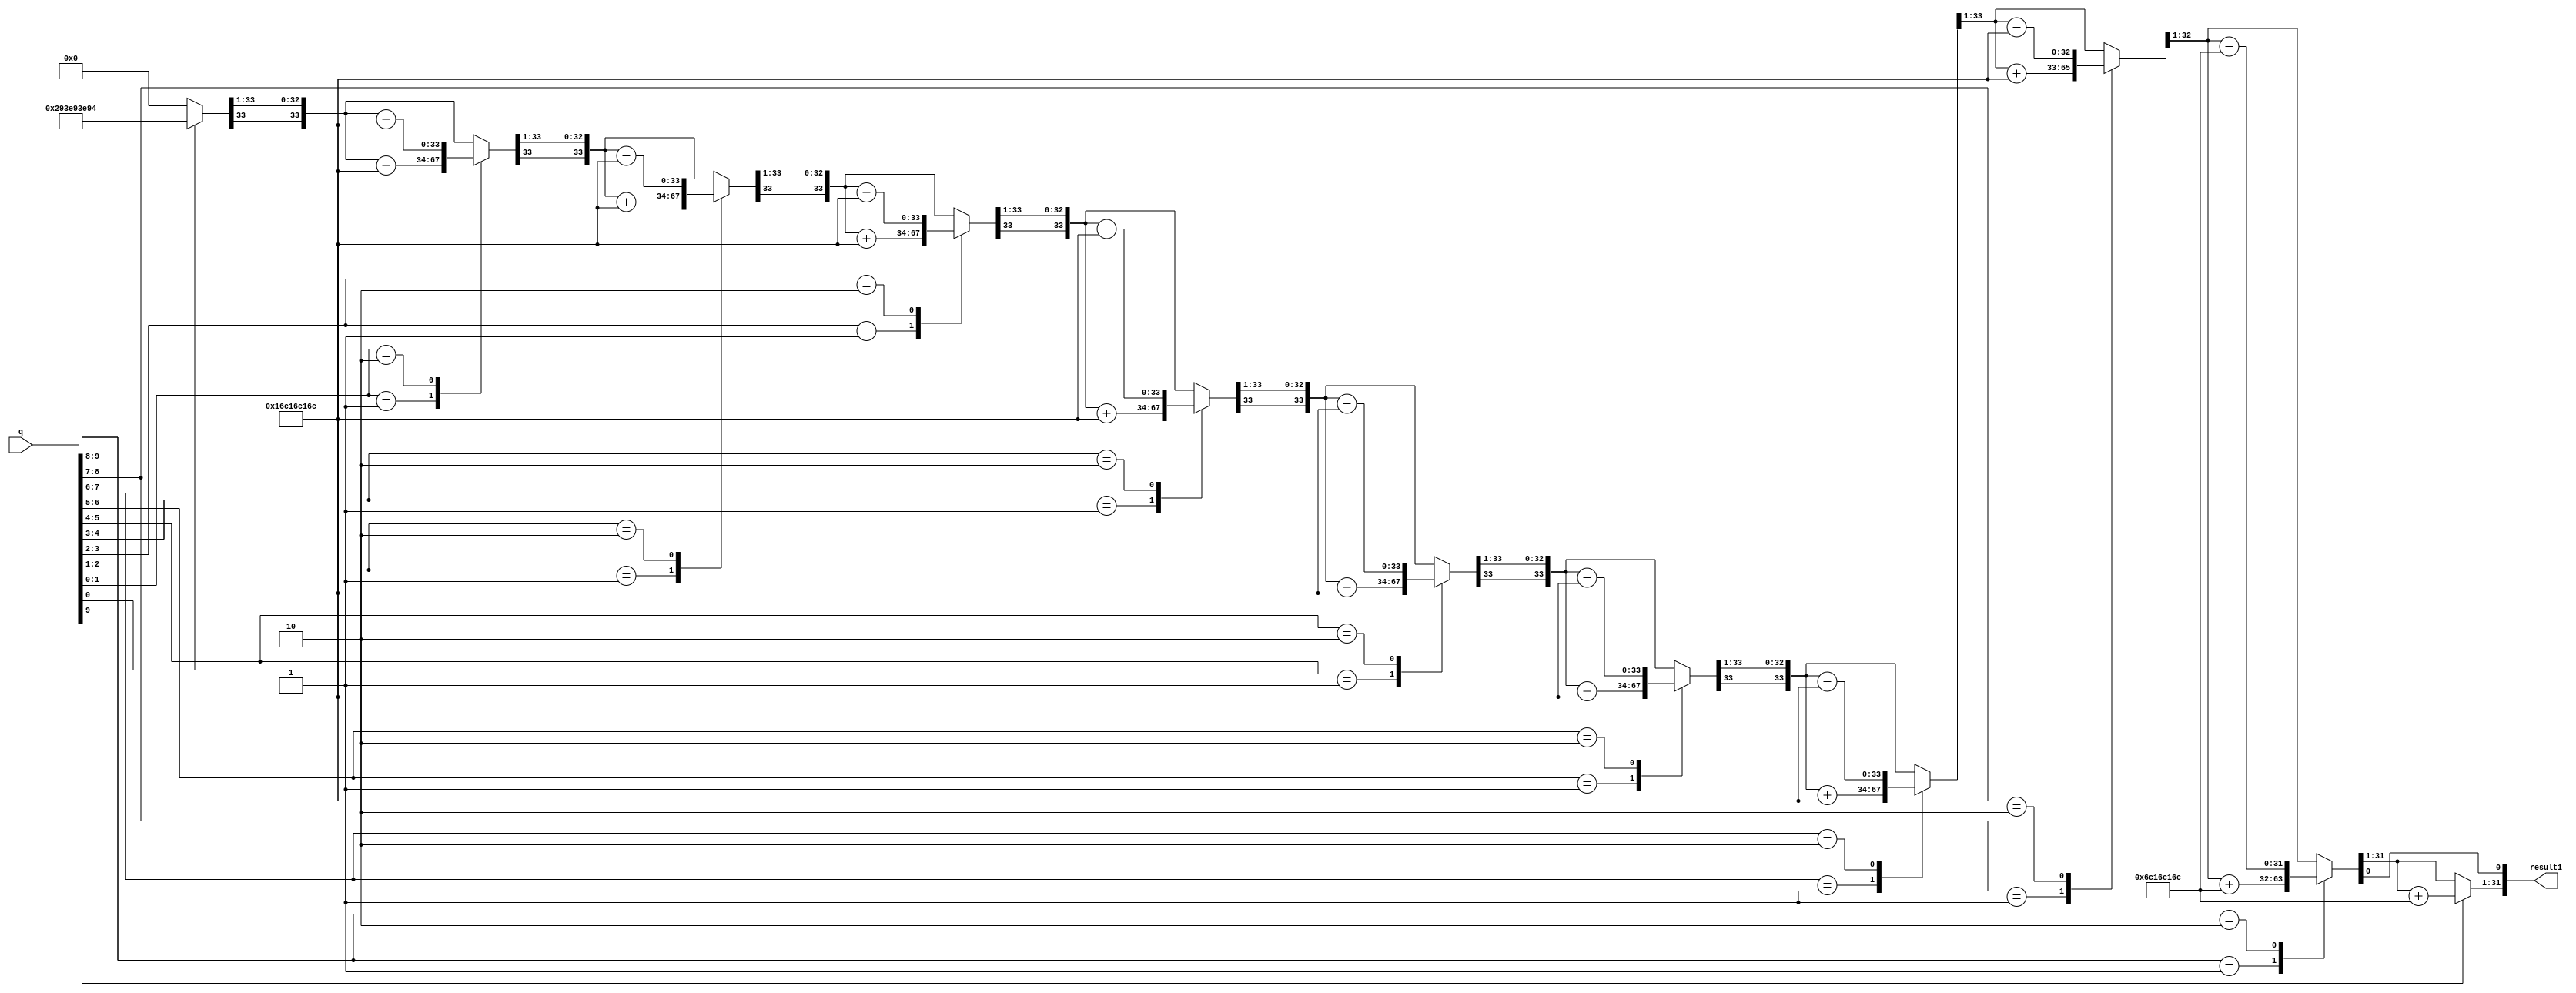
module boothmul(result1,q);
input [9:0] q;
output [31:0] result1;

parameter N=34;
reg [N-1:0] m = 34'b01_0110_1100_0001_0110_1100_0001_0110_1100;

wire [2*N-1:0] resultb;
wire [2*N-1:0] resultc;

reg [N-1:0] q_reg;
reg [2*N:0] result;
reg q_1 = 1'b0;
reg [N-1:0] a;

integer i;

assign resultb = result[2*N:1];
assign resultc = resultb>>9;
assign result1 = resultc[31:0];

always @ (m or q)
	begin
		a=34'b0;
		q_reg={24'b0,q};
		q_1=1'b0;
		result={a,q_reg,q_1};
		for(i=0;i<N;i=i+1)
			begin
				case(result[1:0])
					2'b01:	a=a+m;
					2'b10:	a=a-m;
					default:;					
				endcase
			result={a,q_reg,q_1};
			result={result[2*N],result[2*N:1]};
			a=result[2*N:N+1];
			q_reg=result[N:1];
			q_1=result[0];	
			end
	end
endmodule